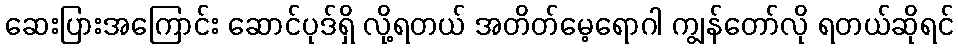
ဆေးပြားအကြောင်း ဆောင်ပုဒ်ရှိ လို့ရတယ် အတိတ်မေ့ရောဂါ ကျွန်တော်လို ရတယ်ဆိုရင်